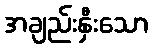
အချည်းနှီးသော